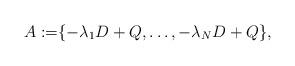
LaTeX: \begin{align*} A:=&\{-\lambda_1 D+ Q,\ldots,-\lambda_N D+ Q \}, \end{align*}